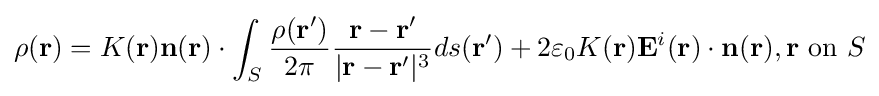
\rho (\mathbf {r} )=K(\mathbf {r} )\mathbf {n} (\mathbf {r} )\cdot \int _{S}{\frac {\rho (\mathbf {r^{\prime }} )}{2\pi }}{\frac {\mathbf {r} -\mathbf {r^{\prime }} }{|\mathbf {r} -\mathbf {r^{\prime }} |^{3}}}ds(\mathbf {r^{\prime }} )+2\varepsilon _{0}K(\mathbf {r} )\mathbf {E} ^{i}(\mathbf {r} )\cdot \mathbf {n} (\mathbf {r} ),\mathbf {r} {\text{ on }}S